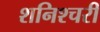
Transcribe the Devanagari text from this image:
शनिश्चरी